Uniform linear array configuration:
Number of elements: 12
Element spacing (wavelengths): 0.75
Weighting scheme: cosine
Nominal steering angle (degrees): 30
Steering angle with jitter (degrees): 29.968
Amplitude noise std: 0.05
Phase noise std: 0.05

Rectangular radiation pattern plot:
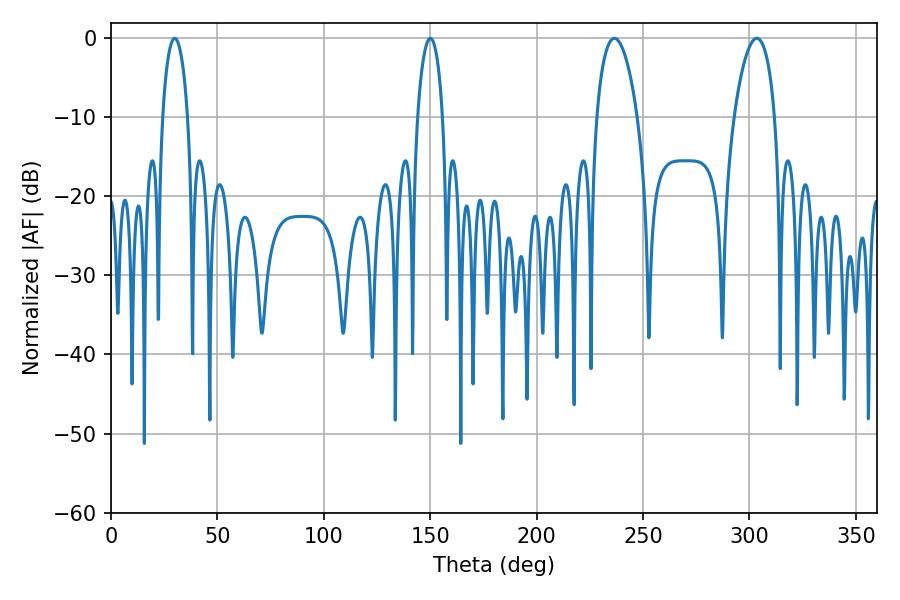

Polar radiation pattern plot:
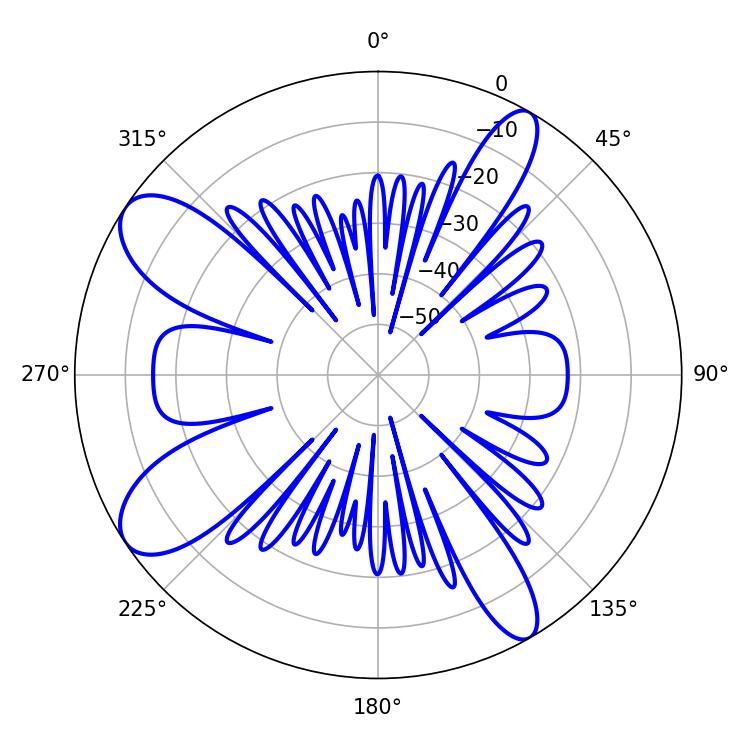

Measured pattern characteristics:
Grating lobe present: TRUE
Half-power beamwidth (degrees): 10.8
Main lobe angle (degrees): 236.52